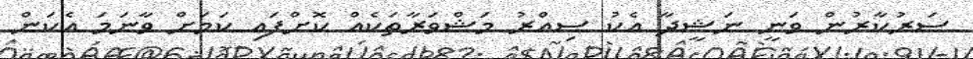
ސަރުކާރުން ވަނީ ނަޝީދާ އެކު ސިއްރު މަޝްވަރާތަކެއް ކޮށްފައި ކަމަށް ވާނަމަ އެކަން